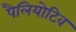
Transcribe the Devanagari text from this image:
पैलियोटिव